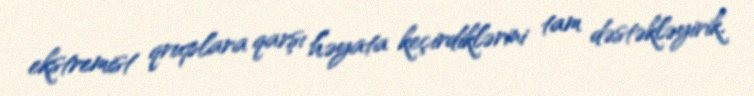
ekstremist qruplara qarşı həyata keçirdiklərini tam dəstəkləyirik.